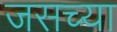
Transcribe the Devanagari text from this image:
जसच्या